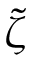
\tilde { \zeta }